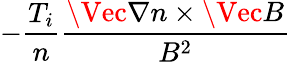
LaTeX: -\displaystyle\frac{T_{i}}{n}\frac{\Vec{\nabla}n\times\Vec{B}}{B^{2}}